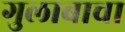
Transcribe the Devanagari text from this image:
गुलाबाचा